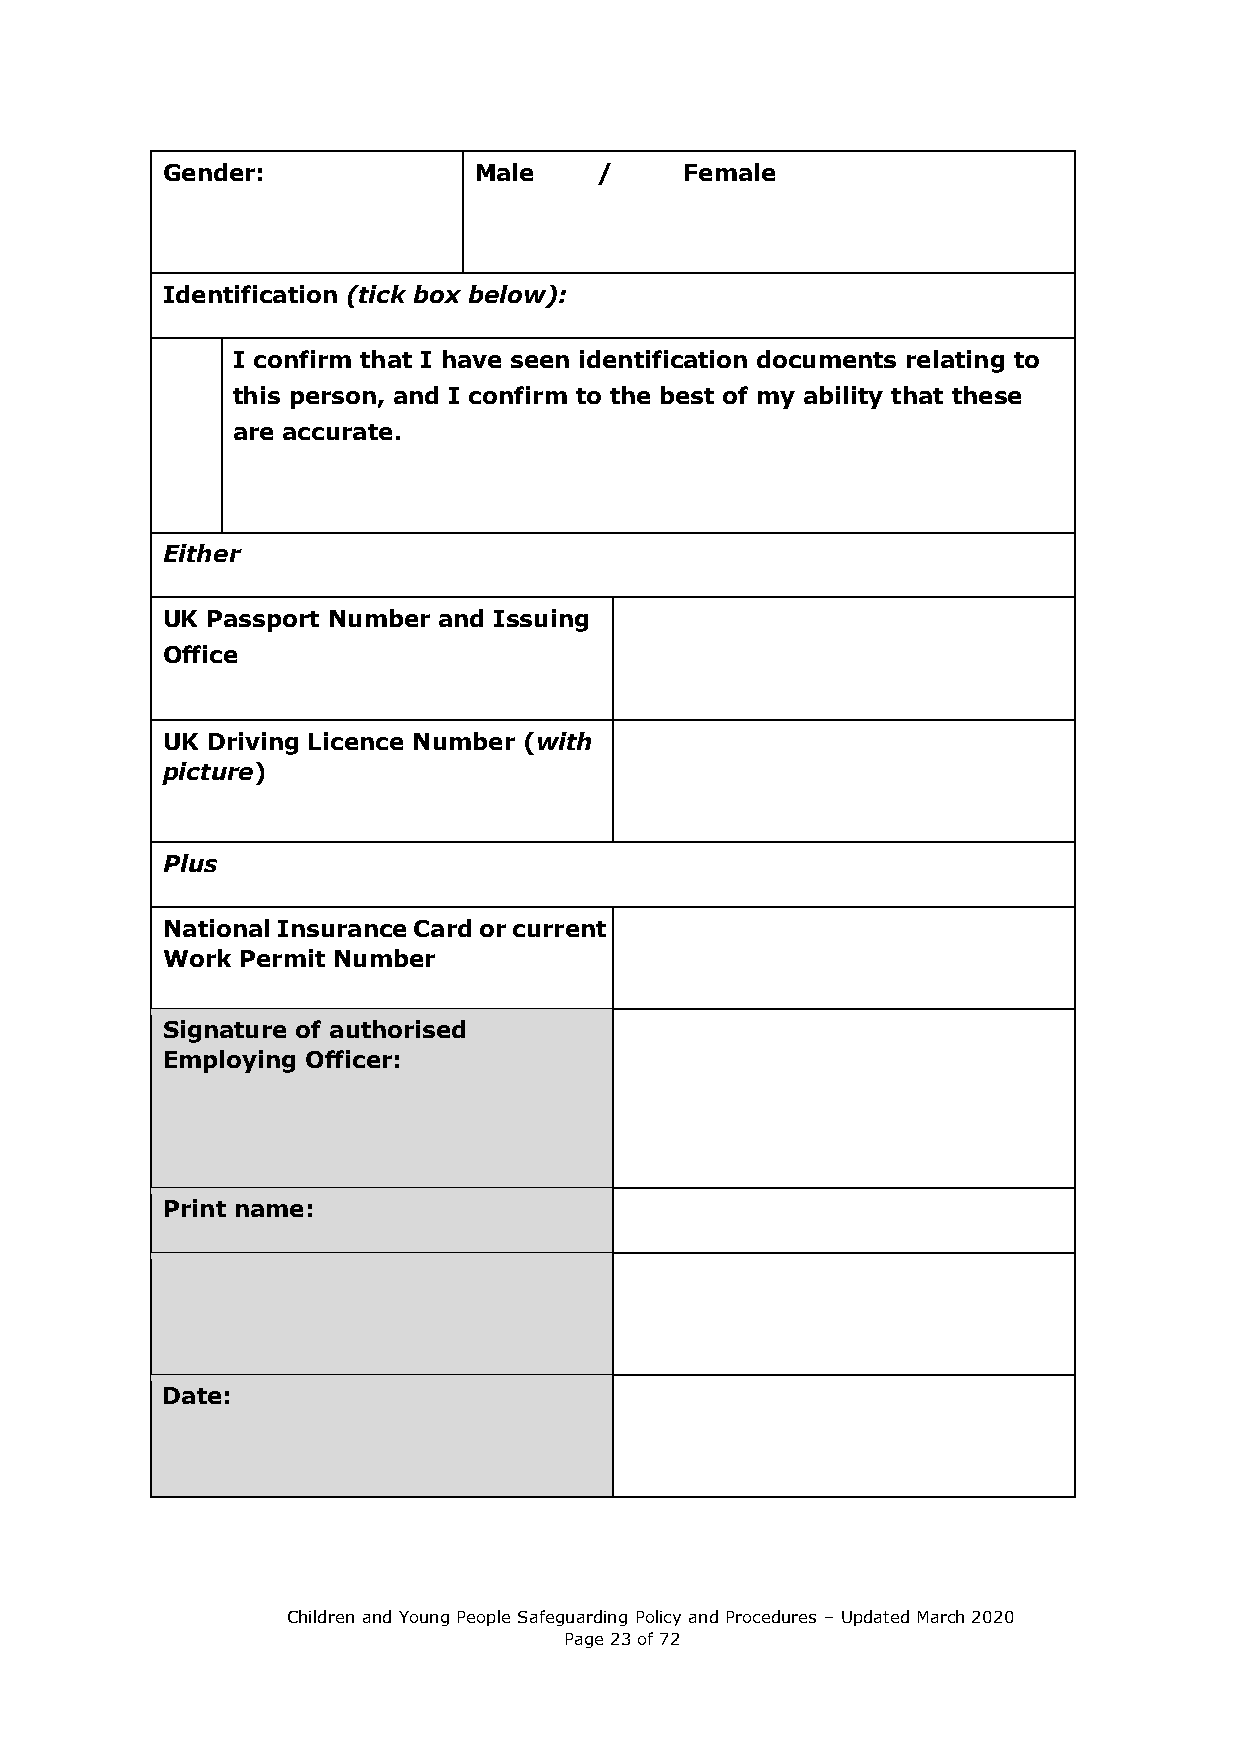
Gender:             Male     /    Female
 Identification (tick box below):
 I confirm that I have seen identification documents relating to
 this person, and I confirm to the best of my ability that these
 are accurate.
 Either
 UK Passport Number and Issuing
 Office
 UK Driving Licence Number (with
 picture)
 Plus
 National Insurance Card or current
 Work Permit Number
 Signature of authorised
 Employing Officer:
 Print name:
 Date:
 Children and Young People Safeguarding Policy and Procedures – Updated March 2020
 Page 23 of 72